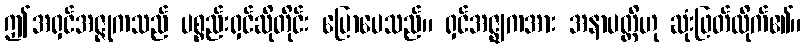
ဤအရှင်အဇ္ဇုကသည် ပစ္စည်းရှင်ဆိုတိုင်း ပြောပေသည်။ ရှင်အဇ္ဈကအား အနာပတ္တိဟု ဆုံးဖြတ်လိုက်၏။